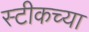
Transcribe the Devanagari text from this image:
स्टीकच्या